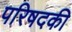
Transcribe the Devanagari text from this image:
परिषदकी